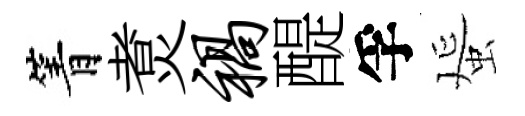
箐煑祸醍孚蜑